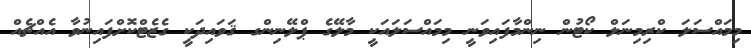
މިމައްސަލަ ކްރިމިނަލް ކޯޓުން ނިންމާފައިވަނީ މިމައްސަލައަކީ މާލޭގެ ޕްލޭނިންގ ޤަވައިދަކީ ގެޒެޓްކޮށްފައިނުވާ އެއްޗެއް